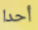
أحدا